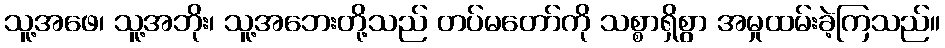
သူ့အဖေ၊ သူ့အဘိုး၊ သူ့အဘေးတို့သည် တပ်မတော်ကို သစ္စာရှိစွာ အမှုထမ်းခဲ့ကြသည်။